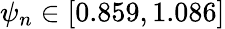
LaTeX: \psi_{n}\in[0.859,1.086]